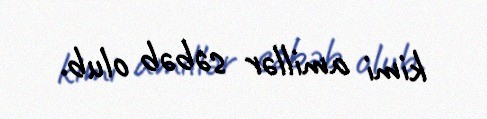
kimi amillər səbəb olub.